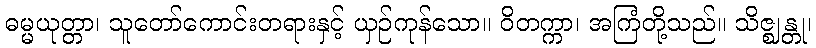
ဓမ္မယုတ္တာ၊ သူတော်ကောင်းတရားနှင့် ယှဉ်ကုန်သော။ ဝိတက္ကာ၊ အကြံတို့သည်။ သိဇ္ဈန္တု၊